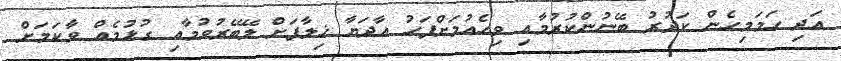
އަދި ހަމަމިހެން ކަދުރު ބޭނުންކުރުމާއި ވިހެއުމަށްފަހު އާދަޔާ ޚިލާފަށް ލޭބޭރުވުމާއި ގުޅުމެއް ވާކަމަށް